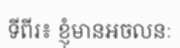
ទីពីរ៖ ខ្ញុំមានអចលនៈ